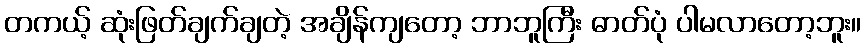
တကယ့် ဆုံးဖြတ်ချက်ချတဲ့ အချိန်ကျတော့ ဘာဘူကြီး ဓာတ်ပုံ ပါမလာတော့ဘူး။